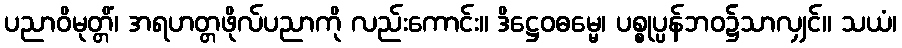
ပညာဝိမုတ္တိံ၊ အရဟတ္တဖိုလ်ပညာကို လည်းကောင်း။ ဒိဋ္ဌေဝဓမ္မေ၊ ပစ္စုပ္ပန်ဘဝ၌သာလျှင်။ သယံ၊